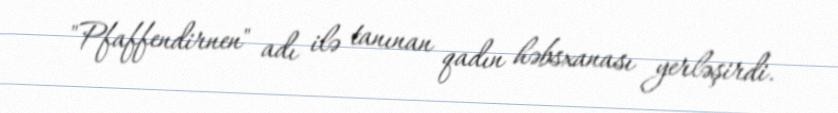
"Pfaffendirnen" adı ilə tanınan qadın həbsxanası yerləşirdi.